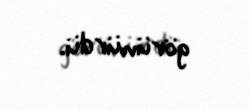
görünürdü.